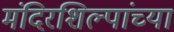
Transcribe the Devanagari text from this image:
मंदिरशिल्पांच्या